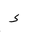
Letter: _hamza